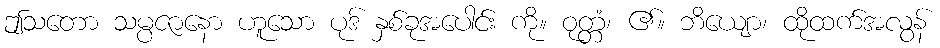
ဤသတော သမ္ပဇာနော ဟူသော ပုဒ် နှစ်ခုအပေါင်း ကို။ ဝုတ္တံ၊ ၏။ ဘိယျော၊ ထိုထက်အလွန်